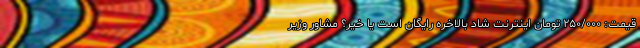
قیمت: ۲۵۰/۰۰۰ تومان اینترنت شاد بالاخره رایگان است یا خیر؟ مشاور وزیر